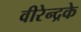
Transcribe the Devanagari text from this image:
वीरेन्द्रके